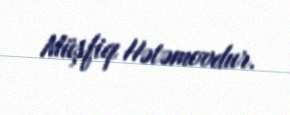
Müşfiq Hətəmovdur.